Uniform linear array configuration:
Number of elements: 48
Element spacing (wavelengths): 1
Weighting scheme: hann
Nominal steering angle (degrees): -45
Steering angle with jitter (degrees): -44.394
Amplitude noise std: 0.05
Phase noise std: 0.05

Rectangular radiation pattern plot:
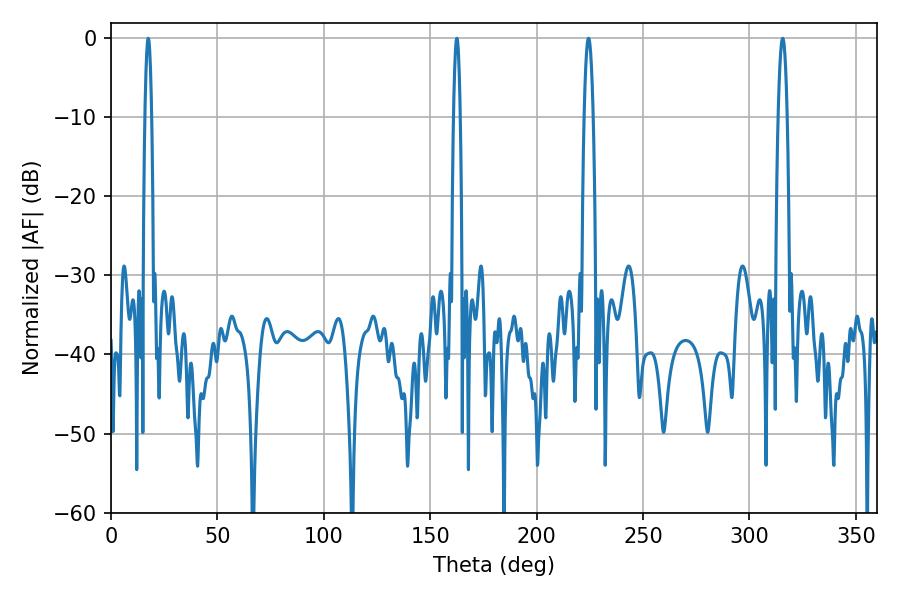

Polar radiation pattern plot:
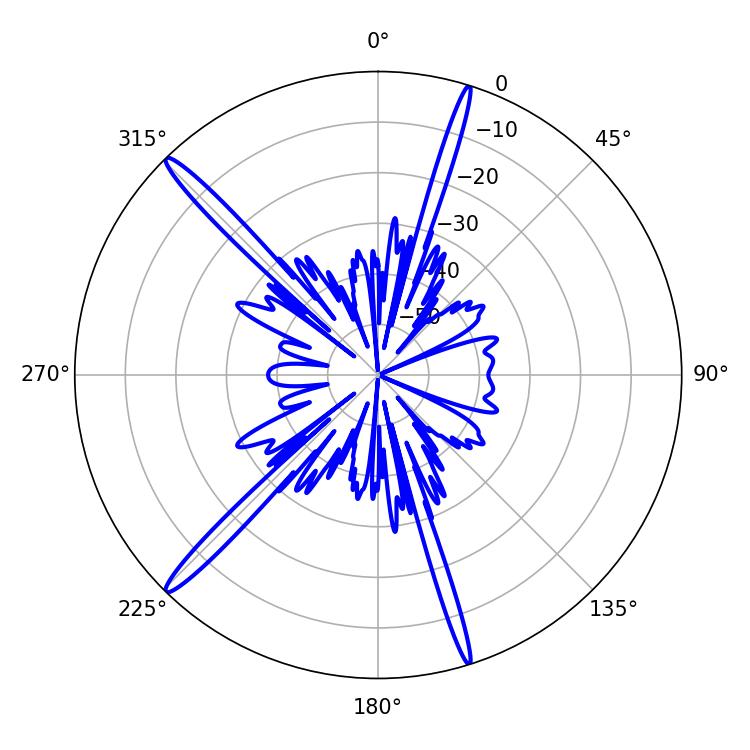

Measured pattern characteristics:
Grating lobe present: TRUE
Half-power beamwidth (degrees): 1.62
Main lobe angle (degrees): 17.46